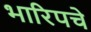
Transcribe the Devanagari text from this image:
भारिपचे